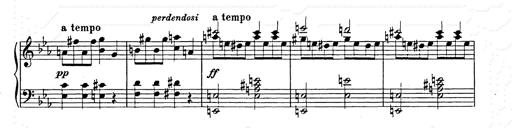
Title: Allegro di bravura
Composer: Carl Maria von Weber
Key: D major